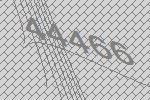
44466